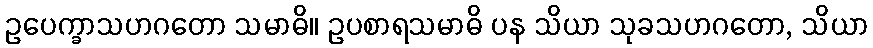
ဥပေက္ခာသဟဂတော သမာဓိ။ ဥပစာရသမာဓိ ပန သိယာ သုခသဟဂတော, သိယာ